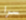
سرا